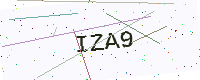
Text: IZA9